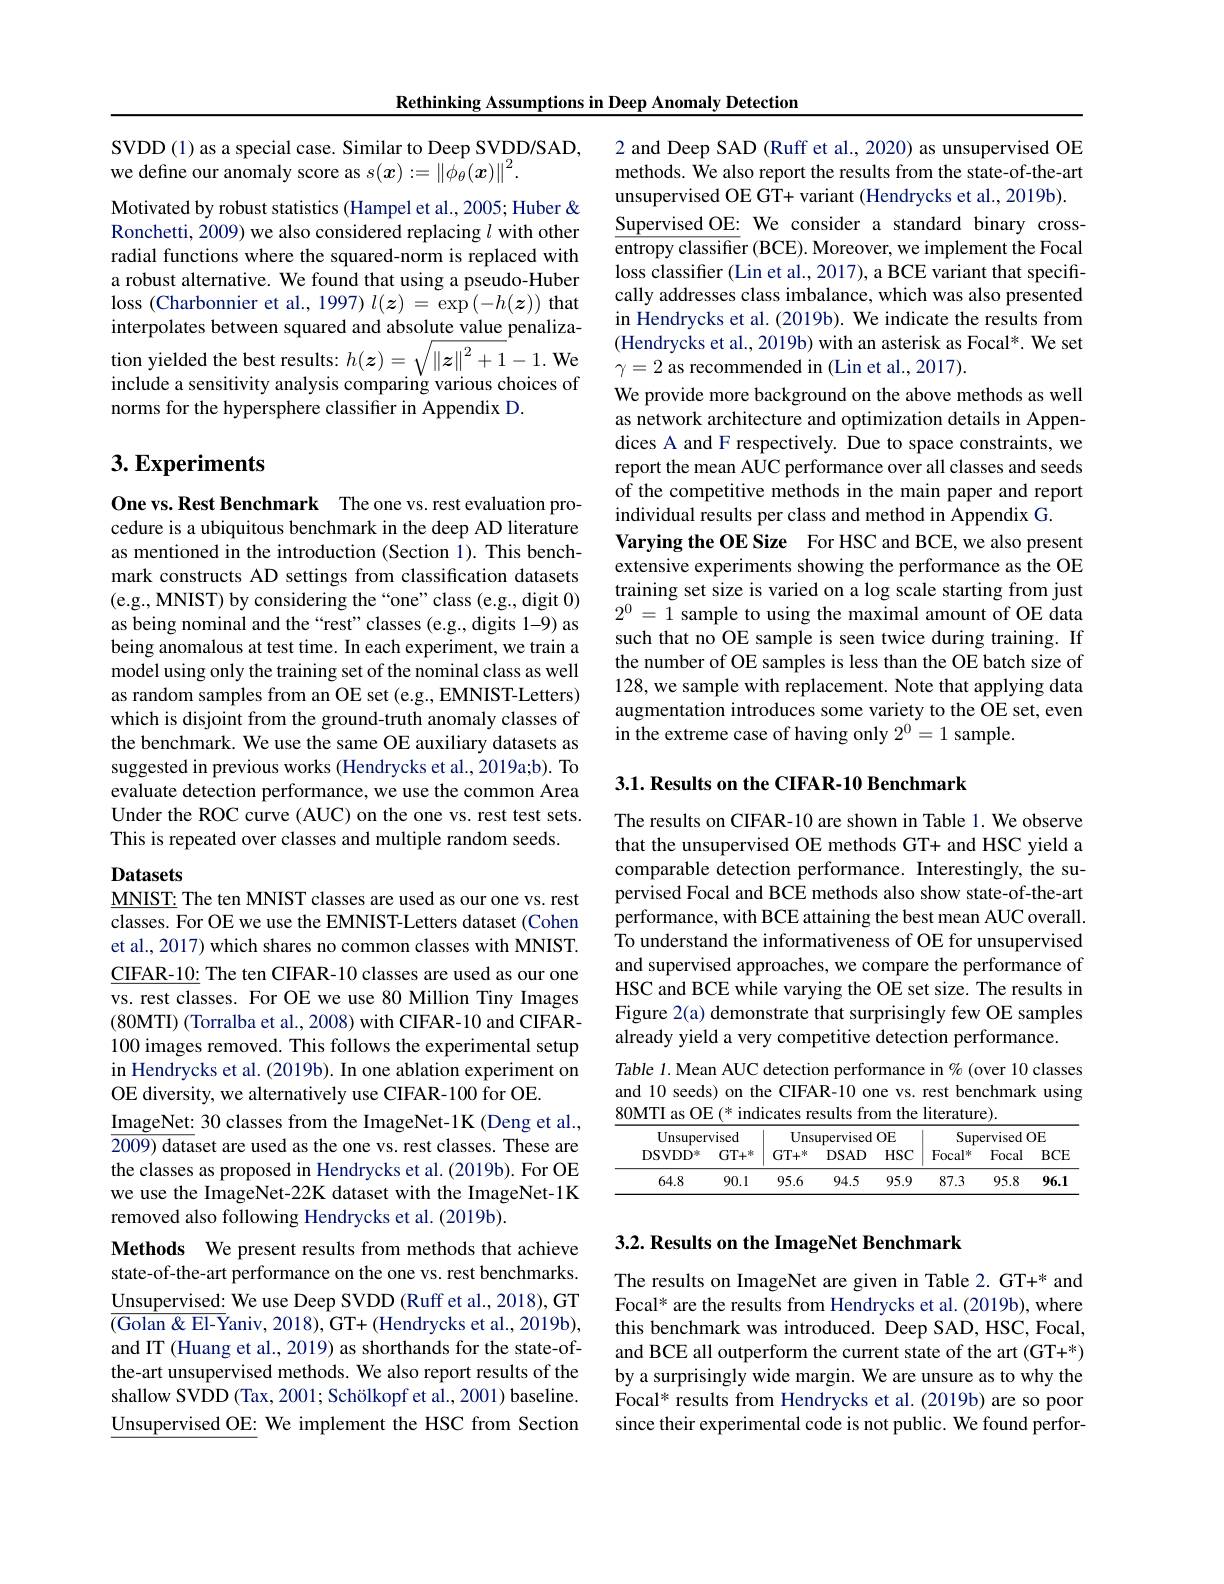
Rethinking Assumptions in Deep Anomaly Detection

SVDD(1) as a special case. Similar to Deep SVDD/SAD,
we define our anomaly score as $s(x):=\|\hat{\phi_\theta}(x)\|^2.$

Motivated by robust statistics (Hampel et al., 2005; Huber & Ronchetti, 2009) we also considered replacing $l$ with other radial functions where the squared-norm is replaced with a robust alternative. We found that using a pseudo-Huber loss (Charbonnier et al., 1997) $l(\boldsymbol{z})=\exp\left(-h(\boldsymbol{z})\right)$ that interpolates between squared and absolute value penalization yielded the best results: $h(\boldsymbol z)=\sqrt{\|\boldsymbol{z}\|^2+1}-1.$ We include a sensitivity analysis comparing various choices of norms for the hypersphere classifier in Appendix D.

## $3. \textbf{Experiments}$

One vs. Rest Benchmark The one vs. rest evaluation procedure is a ubiquitous benchmark in the deep AD literature as mentioned in the introduction (Section 1). This benchmark constructs AD settings from classification datasets (e.g., MNIST) by considering the “one”class (e.g., digit 0) as being nominal and the“rest”classes (e.g., digits 1-9) as being anomalous at test time. In each experiment, we train a model using only the training set of the nominal class as well as random samples from an OE set (e.g., EMNIST-Letters) which is disjoint from the ground-truth anomaly classes of the benchmark. We use the same OE auxiliary datasets as suggested in previous works (Hendrycks et al., 2019a;b). To evaluate detection performance, we use the common Area Under the ROC curve (AUC) on the one vs. rest test sets. This is repeated over classes and multiple random seeds.

## Datasets MNIST: The ten MNIST classes are used as our one vs. rest

classes. For OE we use the EMNIST-Letters dataset (Cohen et al., 2017) which shares no common classes with MNIST. $\underline{{\mathrm{CIFAR-10:~The~ten~CIFAR-10~classes~are~used~as~our~one}}}$ vs. rest classes. For OE we use 80 Million Tiny Images (80MTI) (Torralba et al., 2008) with CIFAR-10 and CIFAR- 100 images removed. This follows the experimental setup in Hendrycks et al. (2019b). In one ablation experiment on OE diversity, we alternatively use CIFAR-100 for OE.
$\underline{\text{ImageNet: }}30$ classes from the ImageNet-1K (Deng et al., $\overline{2009)\text{ data}}$set are used as the one vs. rest classes. These are the classes as proposed in Hendrycks et al. (2019b). For OE we use the ImageNet-22K dataset with the ImageNet-1K removed also following Hendrycks et al. (2019b).

Methods We present results from methods that achieve state-of-the-art performance on the one vs. rest benchmarks. $\underline{\text{Unsupervised: }}$We use Deep SVDD (Ruff et al., 2018), GT $\overline{(\text{Golan }\&\text{ El-Y}}$aniv, 2018), GT+ (Hendrycks et al., 2019b), and IT (Huang et al., 2019) as shorthands for the state-ofthe-art unsupervised methods. We also report results of the shallow SVDD (Tax, 2001; Schölkopf et al., 2001) baseline. Unsupervised OE: We implement the HSC from Section

2 and Deep SAD (Ruff et al., 2020) as unsupervised OE methods. We also report the results from the state-of-the-art unsupervised OE GT+ variant (Hendrycks et al., 2019b). Supervised OE: We consider a standard binary cross- $\hat{\text{entropy classifier }}($BCE). Moreover, we implement the Focal loss classifter (Lin et al., 2017), a BCE variant that specifically addresses class imbalance, which was also presented in Hendrycks et al. (2019b). We indicate the results from (Hendrycks et al., 2019b) with an asterisk as Focal*. We set $\gamma=2$ as recommended in (Lin et al., 2017).
We provide more background on the above methods as well as network architecture and optimization details in Appendices A and F respectively. Due to space constraints, we report the mean AUC performance over all classes and seeds of the competitive methods in the main paper and report individual results per class and method in Appendix G.
Varying the OE Size For HSC and BCE, we also present extensive experiments showing the performance as the OE training set size is varied on a log scale starting from just $2^0=1$ sample to using the maximal amount of OE data such that no OE sample is seen twice during training. If the number of OE samples is less than the OE batch size of 128, we sample with replacement. Note that applying data augmentation introduces some variety to the OE set, even in the extreme case of having only $2^0=1$ sample.

3.1. Results on the CIFAR-10 Benchmark

The results on CIFAR-10 are shown in Table 1. We observe that the unsupervised OE methods GT+ and HSC yield a comparable detection performance. Interestingly, the supervised Focal and BCE methods also show state-of-the-art performance, with BCE attaining the best mean AUC overall. To understand the informativeness of OE for unsupervised and supervised approaches, we compare the performance of HSC and BCE while varying the OE set size. The results in Figure 2(a) demonstrate that surprisingly few OE samples already yield a very competitive detection performance.

Table 1. Mean AUC detection performance in $\%$ (over 10 classes and 10 seeds) on the CIFAR-10 one vs. rest benchmark using $\underline{80\text{MTI as OE (* indicates results from the literature)}.}$

<table>
	<tbody>
		<tr>
			<th colspan="2">${\mathrm{Unsupervised}}$</th>
			<th colspan="3">Unsupervised OE</th>
			<th colspan="3">Supervised OE</th>
		</tr>
		<tr>
			<th>$DSVDD^{\underline{x}}$</th>
			<th>$GT+^{*}$</th>
			<th>$GT+^{k}$</th>
			<th>DSAD</th>
			<th>$HSC$</th>
			<th>$\mathrm{Focal}^{*}$</th>
			<th>Focal</th>
			<th>$BCE$</th>
		</tr>
		<tr>
			<td>64.8</td>
			<td>90.1</td>
			<td>95.6</td>
			<td>94.5</td>
			<td>95.9</td>
			<td>87.3</td>
			<td>95.8</td>
			<td>96.1</td>
		</tr>
	</tbody>
</table>

## 3.2. Results on the ImageNet Benchmark

The results on ImageNet are given in Table 2. GT+* and Focal* are the results from Hendrycks et al. (2019b), where this benchmark was introduced. Deep SAD, HSC, Focal, and BCE all outperform the current state of the art (GT+*) by a surprisingly wide margin. We are unsure as to why the Focal* results from Hendrycks et al.(2019b) are so poor since their experimental code is not public. We found perfor-